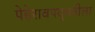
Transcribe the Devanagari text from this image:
पेहेरावपद्धतीला